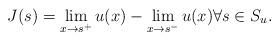
LaTeX: \begin{align*}J(s)=\lim_{x\to s^{+}}u(x)-\lim_{x\to s^{-}}u(x)\forall s\in S_{u}.\end{align*}